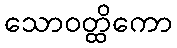
သောဝတ္ထိကော